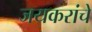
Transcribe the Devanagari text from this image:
जयकरांचे